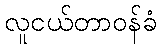
လူငယ်တာဝန်ခံ